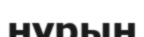
нүрын